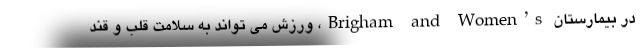
در بیمارستان Brigham and Women’s، ورزش می تواند به سلامت قلب و قند